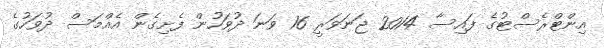
އިންޓްރެސްޓުގެ ފައިސާ 2014 ޖަނަވަރީ 16 ވަނަ ދުވަހުން ފެށިގެން އެއްމަސް ދުވަހުގެ